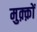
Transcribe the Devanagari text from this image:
मुक़्क़ों